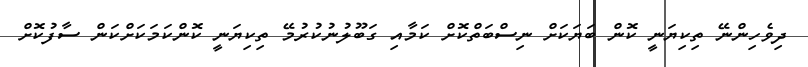
ދިވެހިންނޭ ތިކިޔަނީ ކޮން ބަޔަކަށް ނިސްބަތްކޮށް ކަމާއި ގަބޫލުނުކުރުމޭ ތިކިޔަނީ ކޮންކަމަކަށްކަން ސާފުކޮށް